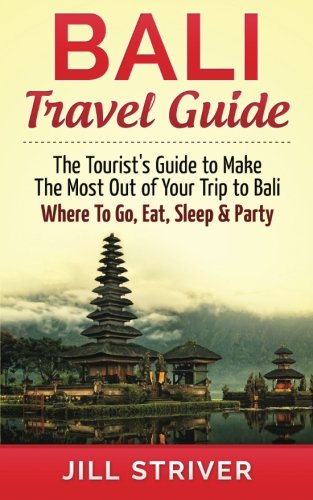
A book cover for Bali Travel Guide: The Tourist's Guide To Make The Most Ot Of Your Trip To Bali, Indonesia Where To Go, Eat Sleep & Party; Jill Striver; Travel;